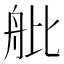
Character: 舭